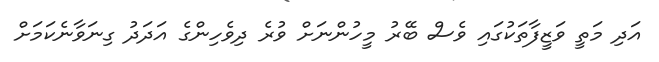
އަދި މަތީ ވަޒީފާތަކުގައި ވެސް ބޭރު މީހުންނަށް ވުރެ ދިވެހިންގެ އަދަދު ގިނަވާނެކަމަށް